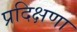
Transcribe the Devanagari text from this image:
प्रदिक्षणा